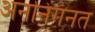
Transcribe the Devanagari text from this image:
अननिगनत